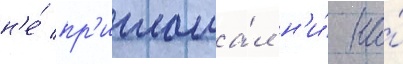
н'е́ пр'иглаша́л н'и́ на́